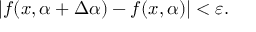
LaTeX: | f ( x , \alpha + \Delta \alpha ) - f ( x , \alpha ) | < \varepsilon .